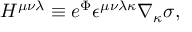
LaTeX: H ^ { \mu \nu \lambda } \equiv e ^ { \Phi } \epsilon ^ { \mu \nu \lambda \kappa } \nabla _ { \kappa } \sigma ,